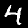
Digit: 4